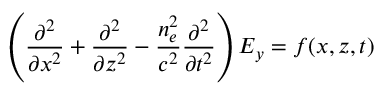
\left( \frac { \partial ^ { 2 } } { \partial x ^ { 2 } } + \frac { \partial ^ { 2 } } { \partial z ^ { 2 } } - \frac { n _ { e } ^ { 2 } } { c ^ { 2 } } \frac { \partial ^ { 2 } } { \partial t ^ { 2 } } \right) E _ { y } = f ( x , z , t )